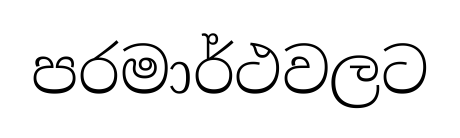
පරමාර්ථවලට